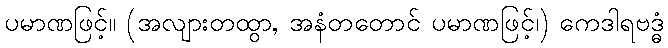
ပမာဏဖြင့်။ (အလျားတထွာ, အနံတတောင် ပမာဏဖြင့်၊) ကေဒါရဗဒ္ဓံ